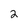
Character: 2